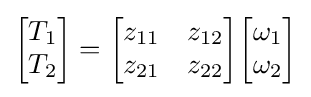
{\begin{bmatrix}T_{1}\\T_{2}\end{bmatrix}}={\begin{bmatrix}z_{11}&z_{12}\\z_{21}&z_{22}\end{bmatrix}}{\begin{bmatrix}\omega _{1}\\\omega _{2}\end{bmatrix}}